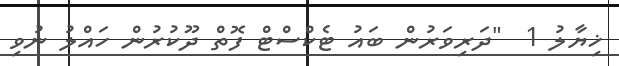
ޚިޔާލު 1  "ދަރިވަރުން ބައު ޓެކްސްޓް ފޮތް ދޫކުރުން ހައްލު ނުވި